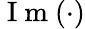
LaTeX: \mathrm{~I~m~}(\cdot)